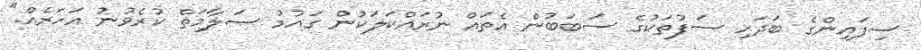
ސިފައިންގެ ބަދަހި ސަފުތަކުގެ ސަބަބުން އެތައް ނުރައްކަލަކުން ގައުމު ސަލާމަތް ކުރެވުނު އަހަރެއް."